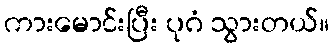
ကားမောင်းပြီး ပုဂံ သွားတယ်။